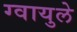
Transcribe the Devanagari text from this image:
ग्वायुले